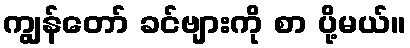
ကျွန်တော် ခင်ဗျားကို စာ ပို့မယ်။